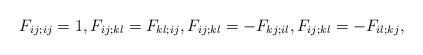
LaTeX: \begin{align*}F_{ij;ij}=1,F_{ij;kl}=F_{kl;ij},F_{ij;kl}=-F_{kj;il}, F_{ij;kl}=-F_{il;kj},\end{align*}